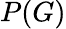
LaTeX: P(G)